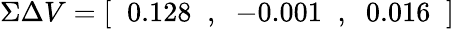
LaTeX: \Sigma\Delta V=[\; \; 0.128\; \; ,\; \; -0.001\; \; ,\; \; 0.016\; \; ]